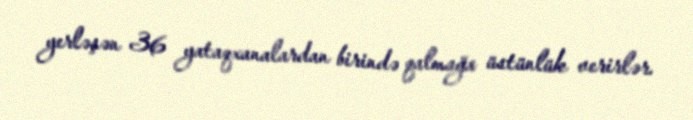
yerləşən 36 yataqxanalardan birində qalmağa üstünlük verirlər.